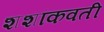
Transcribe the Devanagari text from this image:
शशांकवती